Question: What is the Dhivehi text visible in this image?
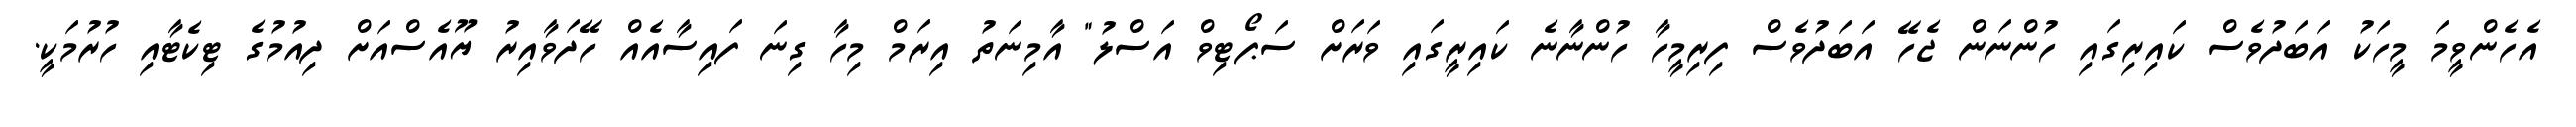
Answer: އެހެންވީމަ މީހަކު އަބަދުވެސް ކައިރިގައި ހުންނަން ޖެހޭ އަބަދުވެސް ފިރިމީހާ ހުންނާނެ ކައިރީގައި ވަރަށް ސަޕޯޓިވް އަސްލު" އާމިނަތު އިރަމް މިހާ ގިނަ ފައިސާއެއް ހޭދަވާއިރު ޔޫއެސްއަށް ދިއުމުގެ ޓިކެޓާއި ހުރުމަކީ.